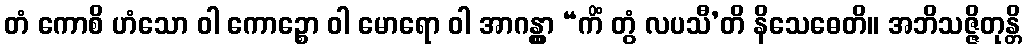
တံ ကောစိ ဟံသော ဝါ ကောဉ္စော ဝါ မောရော ဝါ အာဂန္တွာ “ကိံ တွံ လပသီ’တိ နိသေဓေတိ။ အဘိသဇ္ဇိတုန္တိ